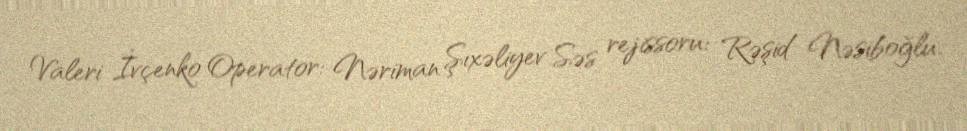
Valeri İvçenko Operator: Nəriman Şıxəliyev Səs rejissoru: Rəşid Nəsiboğlu.